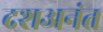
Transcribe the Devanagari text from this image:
दशअनंत